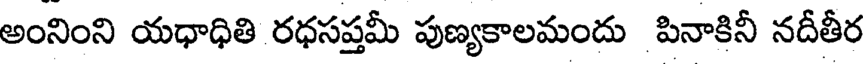
అంనింని యధాధితి రధసప్తమీ పుణ్యకాలమందు పినాకినీ నదీతీర